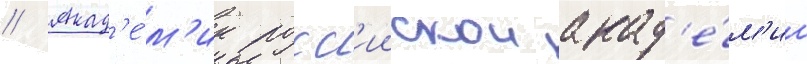
// Акад'е́м'ик росс'иискои акад'е́м'ии